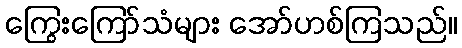
ကြွေးကြော်သံများ အော်ဟစ်ကြသည်။